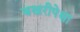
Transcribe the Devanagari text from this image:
बखरीपेक्षा